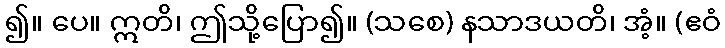
၍။ ပေ။ ဣတိ၊ ဤသို့ပြော၍။ (သစေ) နသာဒယတိ၊ အံ့။ (ဧဝံ